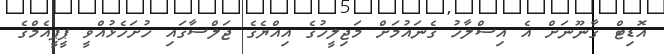
އޮޑިޓް ގާނޫނަށް އެ އިސްލާހު ގެނައުމަށް މަޖިލީހުގެ އިއްޔެގެ ޖަލްސާގައި ހުށަހެޅުއްވީ ޕީޕީއެމްގެ